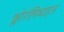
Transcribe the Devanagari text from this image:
क्लोरोमिथाइल